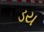
ડય